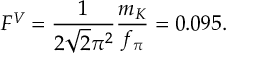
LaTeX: F ^ { V } = { \frac { 1 } { 2 \sqrt { 2 } \pi ^ { 2 } } } { \frac { m _ { K } } { f _ { \pi } } } = 0 . 0 9 5 .